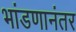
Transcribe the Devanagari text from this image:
भांडणानंतर